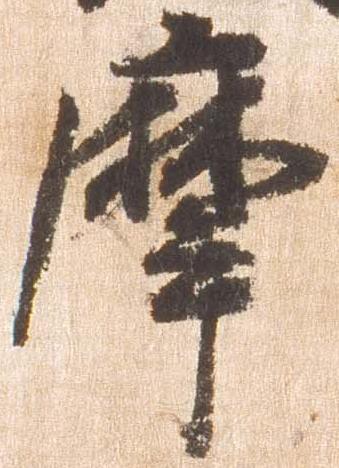
摩